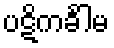
ပဋိကင်္ခါမ